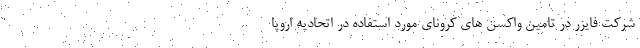
شرکت فایزر در تامین واکسن های کرونای مورد استفاده در اتحادیه اروپا